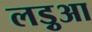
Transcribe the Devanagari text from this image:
लड़ुआ